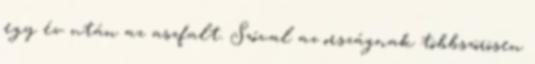
egy év után az aszfalt. Szóval az országnak többszörösen